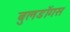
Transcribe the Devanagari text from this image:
बुलडॉगस